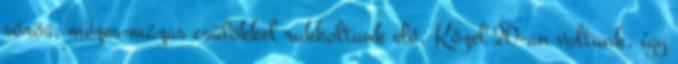
sörös, mézes-mázas csülökkel rukkoltunk elő. Közel 20-an voltunk, így